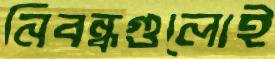
নিবন্ধগুলোই